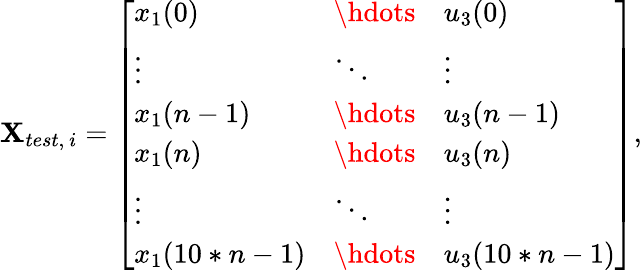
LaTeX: \mathbf{X}_{test,\ i}=\left[\begin{array}{lll}{x_{1}(0)}&{\hdots}&{u_{3}(0)}\\ {\vdots}&{\ddots}&{\vdots}\\ {x_{1}(n-1)}&{\hdots}&{u_{3}(n-1)}\\ {x_{1}(n)}&{\hdots}&{u_{3}(n)}\\ {\vdots}&{\ddots}&{\vdots}\\ {x_{1}(10*n-1)}&{\hdots}&{u_{3}(10*n-1)}\end{array}\right],